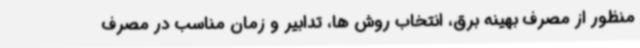
منظور از مصرف بهینه برق، انتخاب روش ها، تدابیر و زمان مناسب در مصرف